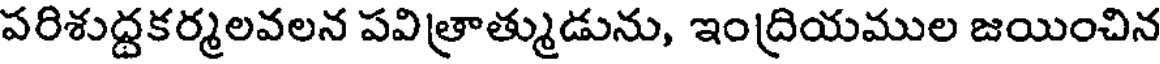
పరిశుద్దకర్మలవలన పవిత్రాత్ముడును, ఇంద్రియముల జయించిన